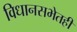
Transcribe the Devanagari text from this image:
विधानसभेतही